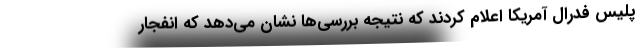
پلیس فدرال آمریکا اعلام کردند که نتیجه بررسی‌ها نشان می‌دهد که انفجار